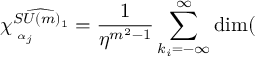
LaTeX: \chi _ { \mathbf { \Lambda } _ { \alpha _ { j } } } ^ { \widehat { S U ( m ) _ { 1 } } } = \frac { 1 } { \eta ^ { m ^ { 2 } - 1 } } \sum _ { k _ { i } = - \infty } ^ { \infty } \dim ( \mathbf { \Lambda }